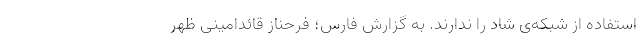
استفاده از شبکه‌ی شاد را ندارند. به گزارش فارس؛ فرحناز قائدامینی ظهر